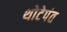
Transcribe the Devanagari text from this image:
थोटेपंत